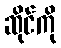
ဆိုင်ကို